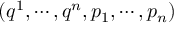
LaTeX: ( q ^ { 1 } , \cdots , q ^ { n } , p _ { 1 } , \cdots , p _ { n } )